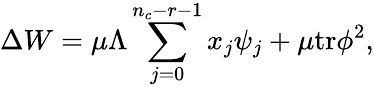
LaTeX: \Delta W=\mu\Lambda\sum_{j=0}^{n_{c}-r-1}x_{j}\psi_{j}+\mu\mathrm{tr}\phi^{2},